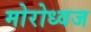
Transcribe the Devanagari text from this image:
मोरोध्‍वज